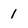
Character: 1